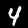
Digit: 4